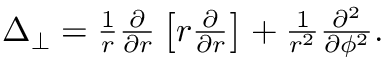
\begin{array} { r } { \Delta _ { \perp } = \frac { 1 } { r } \frac { \partial } { \partial r } \left[ r \frac { \partial } { \partial r } \right] + \frac { 1 } { r ^ { 2 } } \frac { \partial ^ { 2 } } { \partial \phi ^ { 2 } } . } \end{array}